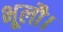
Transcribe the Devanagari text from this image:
भूलौ।